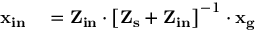
\begin{array} { r l } { \mathbf { x _ { i n } } } & { { } = \mathbf { Z _ { i n } } \cdot \left[ \mathbf { Z _ { s } } + \mathbf { Z _ { i n } } \right] ^ { - 1 } \cdot \mathbf { x _ { g } } } \end{array}